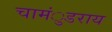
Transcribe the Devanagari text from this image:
चामंुडराय